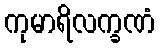
ကုမာရိလက္ခဏံ